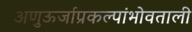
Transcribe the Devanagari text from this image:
अणुऊर्जाप्रकल्पांभोवताली